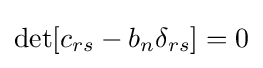
\det[c_{rs}-b_{n}\delta _{rs}]=0